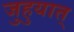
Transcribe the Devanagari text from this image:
जुहुयात्‌